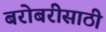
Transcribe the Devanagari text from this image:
बरोबरीसाठी